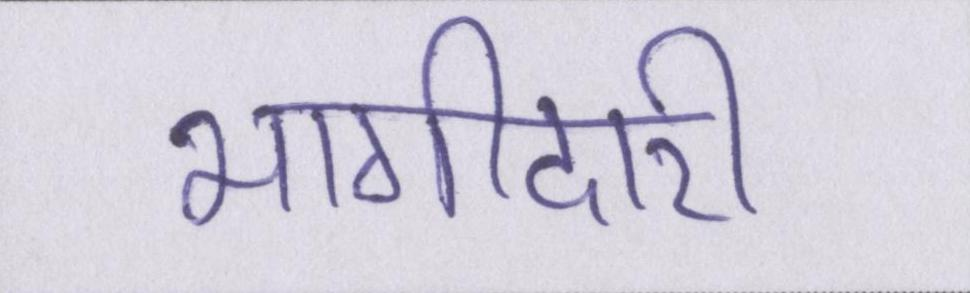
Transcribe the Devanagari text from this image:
भागीदारी